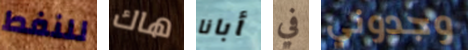
للنفط هاك أبانا في وجدوني